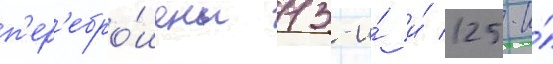
п'ер'ебро́шены 113-и́ и́ 125-и́